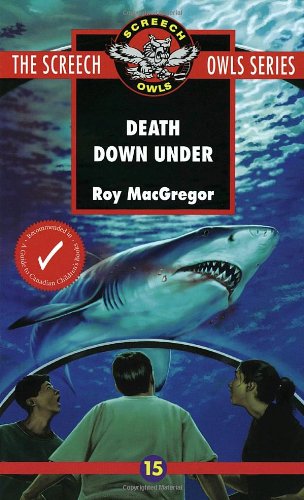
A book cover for Death Down Under (Screech Owls Series #15); Roy MacGregor; Children's Books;